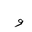
Letter: _waw